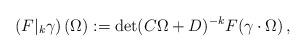
LaTeX: \begin{align*}\left( F\vert_k \gamma\right)(\Omega):=\det(C\Omega+D)^{-k}F(\gamma\cdot\Omega)\,,\end{align*}